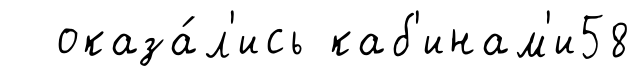
оказа́л'ись каб'инам'и58